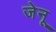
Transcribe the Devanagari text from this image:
जेनू